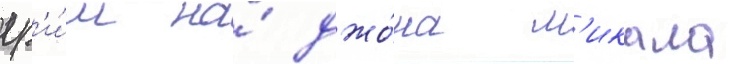
гр'и́м на́ джо́на м'икала